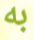
به